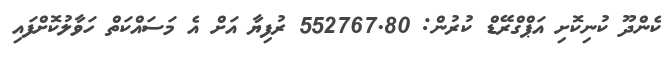
ކެންދޫ ކުނިކޮށި އަޕްގްރޭޑް ކުރުން: 552767.80 ރުފިޔާ އަށް އެ މަސައްކަތް ހަވާލުކޮށްފައި